Civil Veterinary Department. United Provinces 1932-42 - 1932-1942
Year: 1932
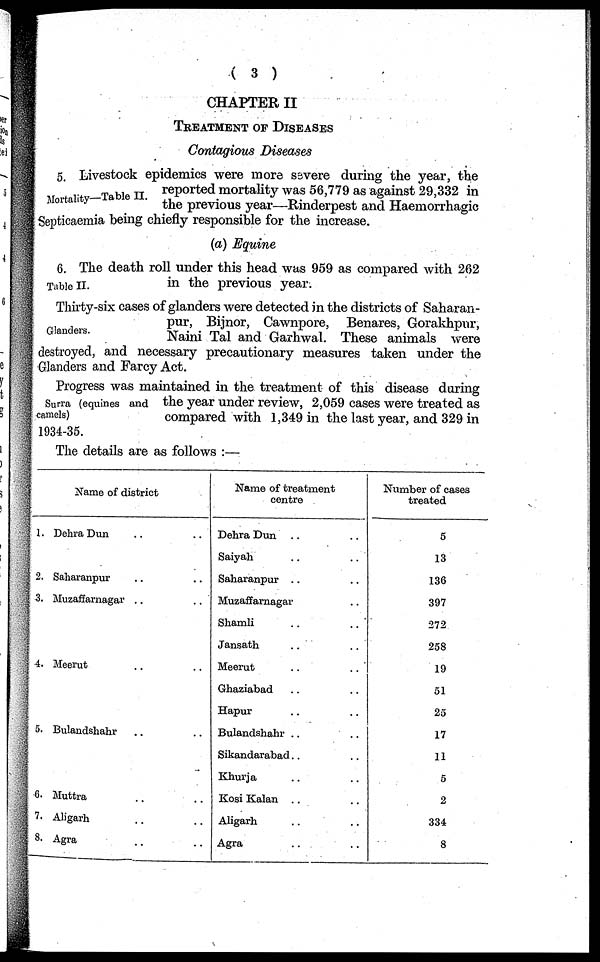
( 3 )
CHAPTER II
TREATMENT OF DISEASES
Contagious Diseases
Mortality—Table II.
5. Livestock epidemics were more severe during the year, the
reported mortality was 56,779 as against 29,332 in
the previous year—Rinderpest and Haemorrhagic
Septicaemia being chiefly responsible for the increase.
(a) Equine
Table II.
6. The death roll under this head was 959 as compared with 262
in the previous year.
Glanders.
Thirty-six cases of glanders were detected in the districts of Saharan-
pur, Bijnor, Cawnpore, Benares, Gorakhpur,
Naini Tal and Garhwal. These animals were
destroyed, and necessary precautionary measures taken under the
Glanders and Farcy Act.
Surra (equines and
camels)
Progress was maintained in the treatment of this disease during
the year under review, 2,059 cases were treated as
compared with 1,349 in the last year, and 329 in
1934-35.
The details are as follows:—
Name of district
1.
2.
3.
4.
5.
6.
7.
8.
Dehra Dun .. ..
Saharanpur .. ..
Muzaffarnagar .. ..
Meerut .. ..
Bulandshahr .. ..
Muttra .. ..
Aligarh .. ..
Agra .. ..
Name of treatment
centre
Dehra Dun .. ..
Saiyah .. ..
Saharanpur .. ..
Muzaffarnagar ..
Shamli .. ..
Jansath .. ..
Meerut .. ..
Ghaziabad .. ..
Hapur .. ..
Bulandshahr .. ..
Sikandarabad .. ..
Khurja .. ..
Kosi Kalan .. ..
Aligarh .. ..
Agra .. ..
Number of cases
treated
5
13
136
397
272
258
19
51
25
17
11
5
2
334
8